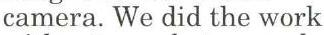
camera. We did the work